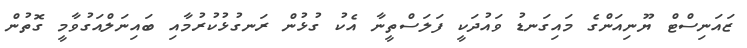
ޒައަނިސްޓް ޔޫނިއަންގެ މައިގަނޑު ވައުދަކީ ފަލަސްތީނާ އެކު ގުޅުން ރަނގުޅުކުރުމާއި ބައިނަލްއަގުވާމީ ގޮތުން